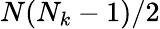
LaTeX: N(N_{k}-1)/2